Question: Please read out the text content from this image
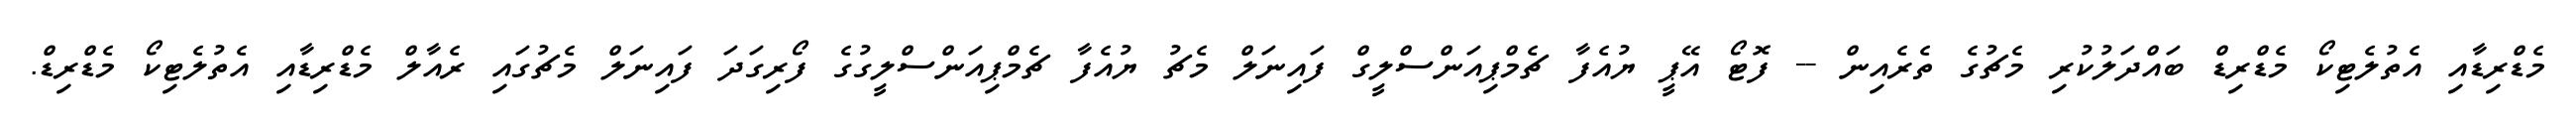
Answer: މެޑްރިޑާއި އެތުލެޓިކޯ މެޑްރިޑް ބައްދަލުކުރި މެޗުގެ ތެރެއިން -- ފޮޓޯ އޭޕީ ޔުއެފާ ޗެމްޕިއަންސްލީގް ފައިނަލް މެޗު ޔުއެފާ ޗެމްޕިއަންސްލީގުގެ ފޯރިގަދަ ފައިނަލް މެޗުގައި ރެއާލް މެޑްރިޑާއި އެތުލެޓިކޯ މެޑްރިޑް.